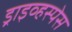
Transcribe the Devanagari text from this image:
ड्राइव्हस्पेस